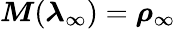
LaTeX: \boldsymbol{M}(\boldsymbol{\lambda}_{\infty})=\boldsymbol{\rho}_{\infty}